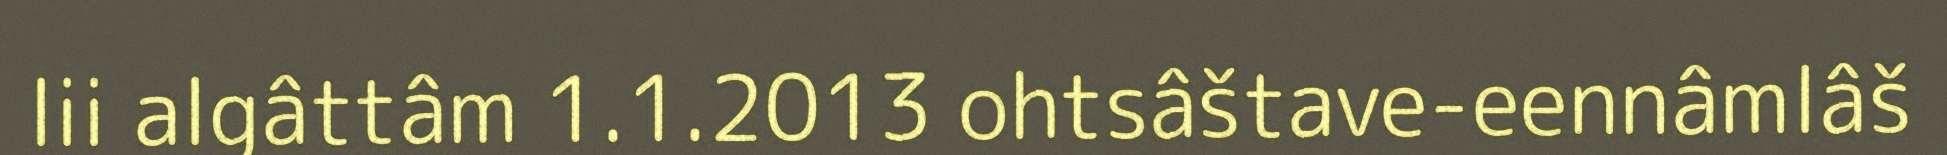
lii algâttâm 1.1.2013 ohtsâštave-eennâmlâš